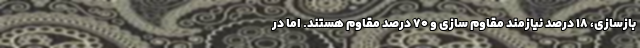
بازسازی، ۱۸ درصد نیازمند مقاوم سازی و ۷۰ درصد مقاوم هستند. اما در